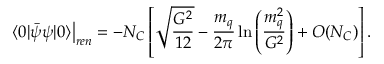
\left. \langle 0 | \bar { \psi } \psi | 0 \rangle \right| _ { r e n } = - N _ { C } \left[ \sqrt { \frac { G ^ { 2 } } { 1 2 } } - \frac { m _ { q } } { 2 \pi } \ln \left( \frac { m _ { q } ^ { 2 } } { G ^ { 2 } } \right) + { \cal O } ( N _ { C } ) \right] .